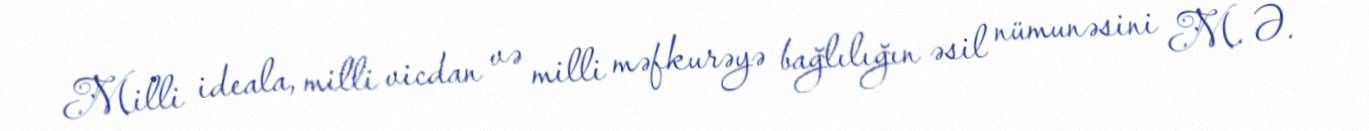
Milli ideala, milli vicdan və milli məfkurəyə bağlılığın əsil nümunəsini M. Ə.